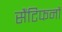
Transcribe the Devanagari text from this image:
सैंटिफनों